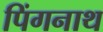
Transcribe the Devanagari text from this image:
पिंगनाथ